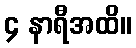
၄ နာရီအထိ။